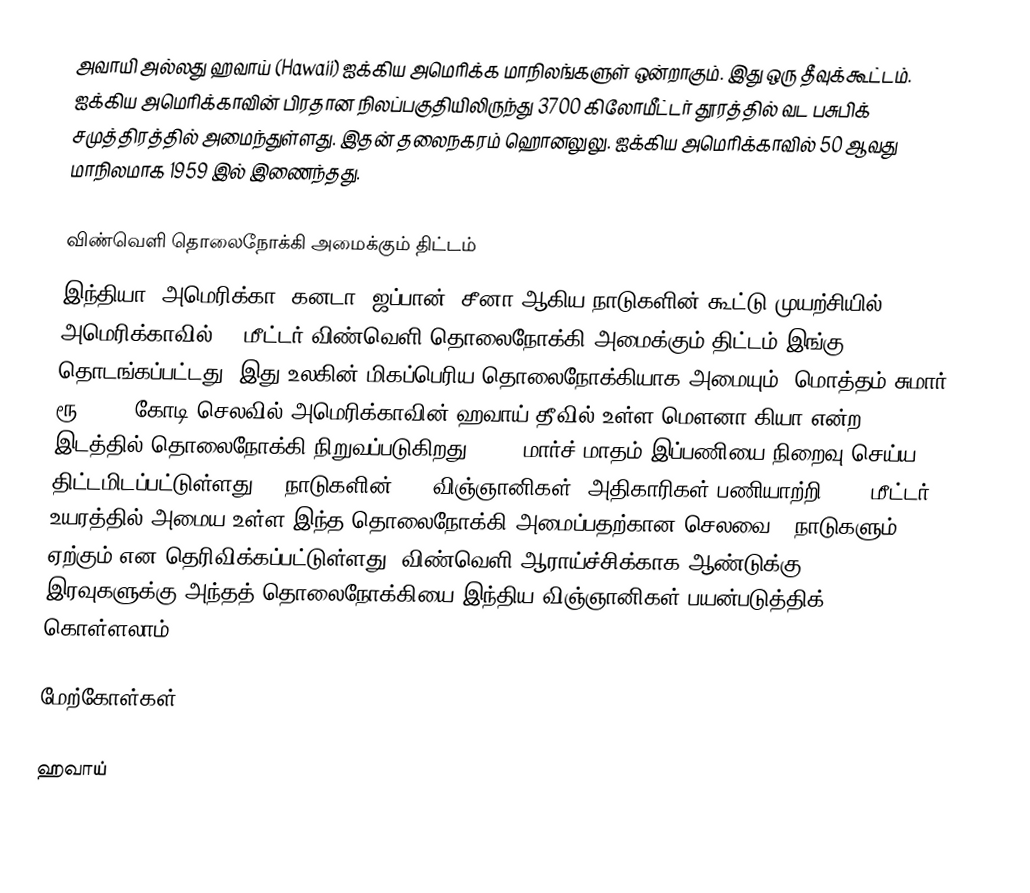
அவாயி அல்லது ஹவாய் (Hawaii) ஐக்கிய அமெரிக்க மாநிலங்களுள் ஒன்றாகும். இது ஒரு தீவுக்கூட்டம். ஐக்கிய அமெரிக்காவின் பிரதான நிலப்பகுதியிலிருந்து 3700 கிலோமீட்டர் தூரத்தில் வட பசுபிக் சமுத்திரத்தில் அமைந்துள்ளது. இதன் தலைநகரம் ஹொனலுலு. ஐக்கிய அமெரிக்காவில் 50 ஆவது மாநிலமாக 1959 இல் இணைந்தது.

விண்வெளி தொலைநோக்கி அமைக்கும் திட்டம்
இந்தியா, அமெரிக்கா, கனடா, ஜப்பான், சீனா ஆகிய நாடுகளின் கூட்டு முயற்சியில் அமெரிக்காவில் 30 மீட்டர் விண்வெளி தொலைநோக்கி அமைக்கும் திட்டம் இங்கு தொடங்கப்பட்டது. இது உலகின் மிகப்பெரிய தொலைநோக்கியாக அமையும். மொத்தம் சுமார் ரூ.9,000 கோடி செலவில் அமெரிக்காவின் ஹவாய் தீவில் உள்ள மெளனா கியா என்ற இடத்தில் தொலைநோக்கி நிறுவப்படுகிறது. 2022 மார்ச் மாதம் இப்பணியை நிறைவு செய்ய திட்டமிடப்பட்டுள்ளது. 5 நாடுகளின் 100 விஞ்ஞானிகள், அதிகாரிகள் பணியாற்றி 4012 மீட்டர் உயரத்தில் அமைய உள்ள இந்த தொலைநோக்கி அமைப்பதற்கான செலவை 5 நாடுகளும் ஏற்கும் என தெரிவிக்கப்பட்டுள்ளது. விண்வெளி ஆராய்ச்சிக்காக ஆண்டுக்கு 30 இரவுகளுக்கு அந்தத் தொலைநோக்கியை இந்திய விஞ்ஞானிகள் பயன்படுத்திக் கொள்ளலாம் .

மேற்கோள்கள்

ஹவாய்